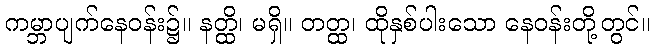
ကမ္ဘာပျက်နေဝန်း၌။ နတ္ထိ၊ မရှိ။ တတ္ထ၊ ထိုနှစ်ပါးသော နေဝန်းတို့တွင်။